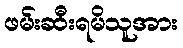
ဖမ်းဆီးရမိသူအား